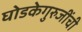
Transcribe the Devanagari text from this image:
घोडकेगुरुजींची